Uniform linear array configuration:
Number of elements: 8
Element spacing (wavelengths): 0.5
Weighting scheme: hamming
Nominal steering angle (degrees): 45
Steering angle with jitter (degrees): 46.137
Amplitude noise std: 0.05
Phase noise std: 0.05

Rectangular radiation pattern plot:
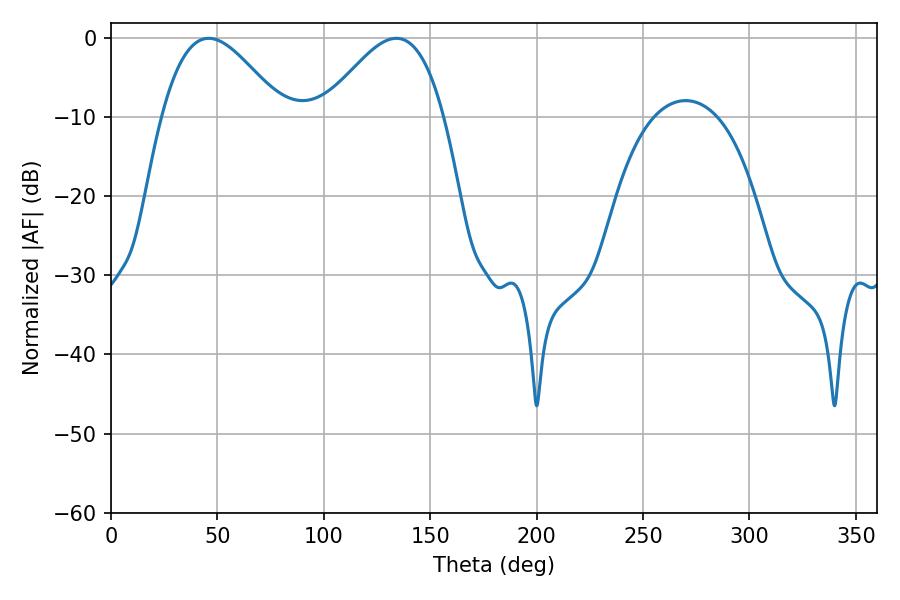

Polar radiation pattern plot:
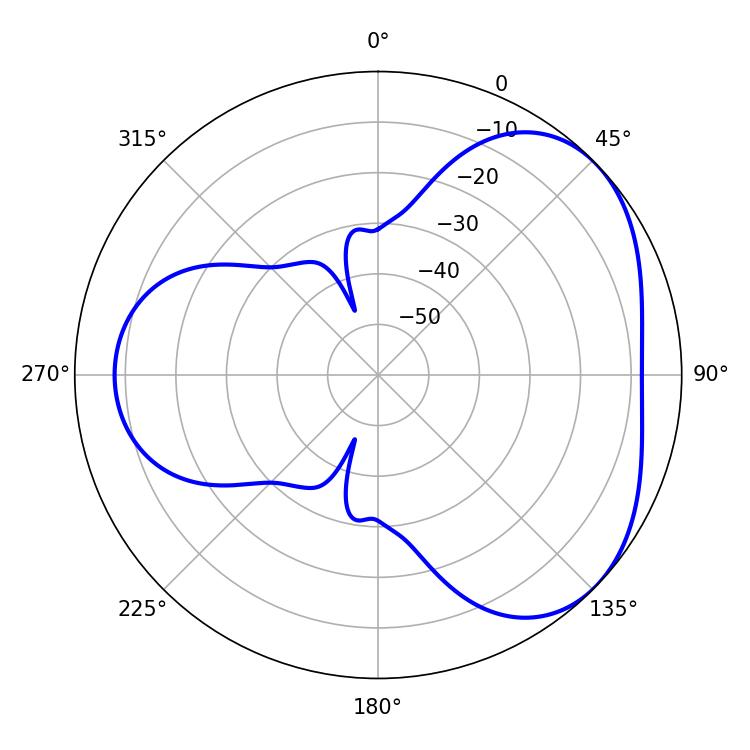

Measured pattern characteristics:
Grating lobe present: FALSE
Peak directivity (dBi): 3.942
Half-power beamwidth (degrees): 30.42
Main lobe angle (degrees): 45.9